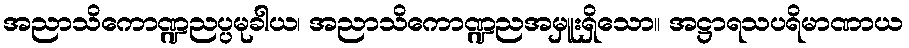
အညာသိကောဏ္ဍညပ္ပမုခါယ၊ အညာသိကောဏ္ဍညအမှူးရှိသော။ အဋ္ဌာရသပရိမာဏာယ